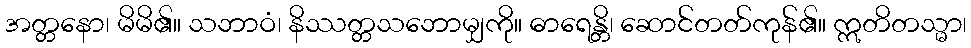
အတ္တနော၊ မိမိ၏။ သဘာဝံ၊ နိဿတ္တသဘောမျှကို။ ဓာရေန္တိ၊ ဆောင်တတ်ကုန်၏။ ဣတိတသ္မာ၊